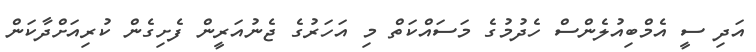
އަދި ސީ އެމްބިއުލެންސް ހެދުމުގެ މަސައްކަތް މި އަހަރުގެ ޖެނުއަރީން ފެށިގެން ކުރިއަށްދާކަން